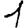
Digit: 1